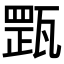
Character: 𤭺